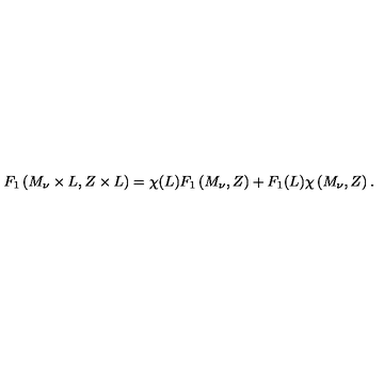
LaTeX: F _ { 1 } \left( M _ { \nu } \times L , Z \times L \right) = \chi ( L ) F _ { 1 } \left( M _ { \nu } , Z \right) + F _ { 1 } ( L ) \chi \left( M _ { \nu } , Z \right) .